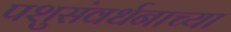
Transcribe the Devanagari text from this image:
पशुसंवर्धनाच्या